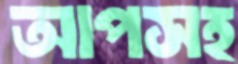
আপসহ